Senior Leaving Certificate Examination (including Day School Certificate (Higher) General paper), 1947
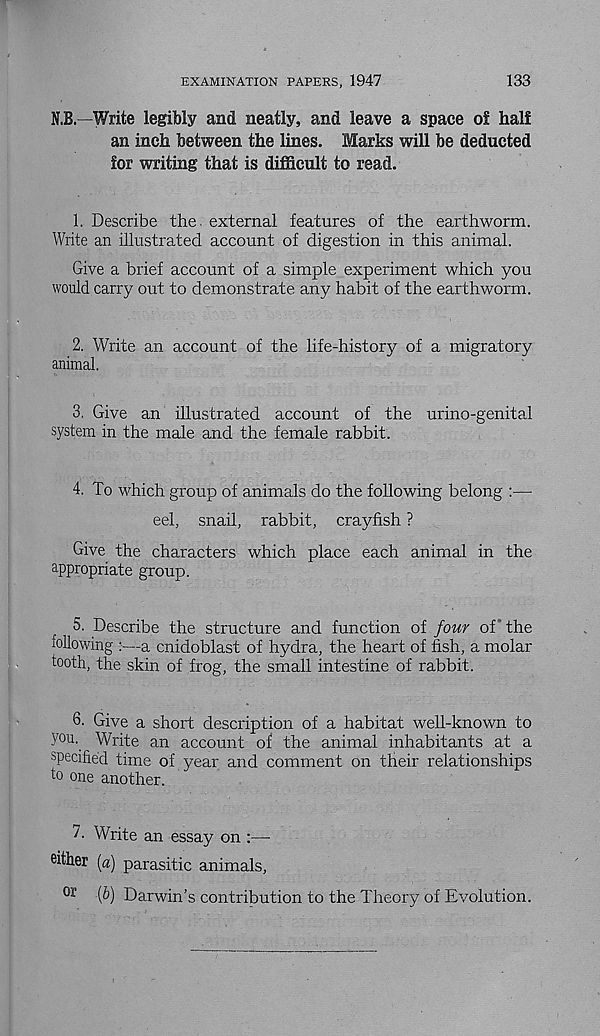
EXAMINATION PAPERS, 1947
133
N.B.—Write legibly and neatly, and leave a space of half
an inch between the lines. Marks will be deducted
for writing that is difficult to read.
1. Describe the. external features of the earthworm.
Write an illustrated account of digestion in this animal.
Give a brief account of a simple experiment which you
would carry out to demonstrate any habit of the earthworm.
2. Write an account of the life-history of a migratory
animal.
3. Give an illustrated account of the urino-genital
system in the male and the female rabbit.
4. To which group of animals do the following belong :—
eel, snail, rabbit, crayfish ?
Give the characters which place each animal in the
appropriate group.
5. Describe the structure and function of four of the
following :—a cnidoblast of hydra, the heart of fish, a molar
tooth, the skin of frog, the small intestine of rabbit.
6. Give a short description of a habitat well-known to
you. Write an account of the animal inhabitants at a
specified time of year and comment on their relationships
to one another.
7. Write an essay on :—
either (a) parasitic animals,
or
(&) Darwin’s contribution to the Theory of Evolution.